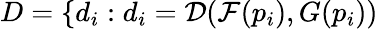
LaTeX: D=\{ d_{i}:d_{i}=\mathcal{D}(\mathcal{F}(p_{i}),{G}(p_{i}))